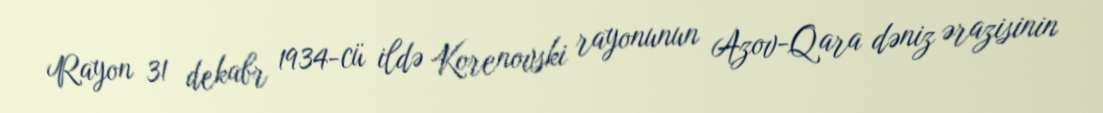
Rayon 31 dekabr 1934-cü ildə Korenovski rayonunun Azov-Qara dəniz ərazisinin